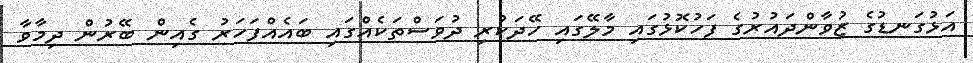
އަޅުގަނޑުގެ ޒުވާންދައުރުގެ ފަހުކޮޅުގައި މާލޭގައި ހޭދަކުރި ދުވަސްތަކެއްގައި ބައެއްފަހަރު ގެއިން ބޭރުން ދިމާވާ